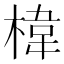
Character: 椲